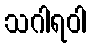
သဂါရဝါ